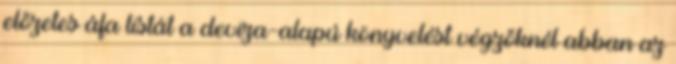
előzetes áfa listát a deviza-alapú könyvelést végzőknél abban az